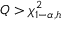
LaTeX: Q > \chi _ { 1 - \alpha , h } ^ { 2 }